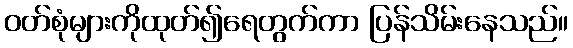
ဝတ်စုံများကိုထုတ်၍ရေတွက်ကာ ပြန်သိမ်းနေသည်။